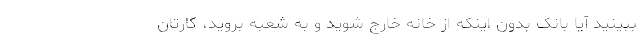
ببینید آیا بانک بدون اینکه از خانه خارج شوید و به شعبه بروید، کارتان